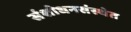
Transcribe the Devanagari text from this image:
संशोधनसंस्थेत